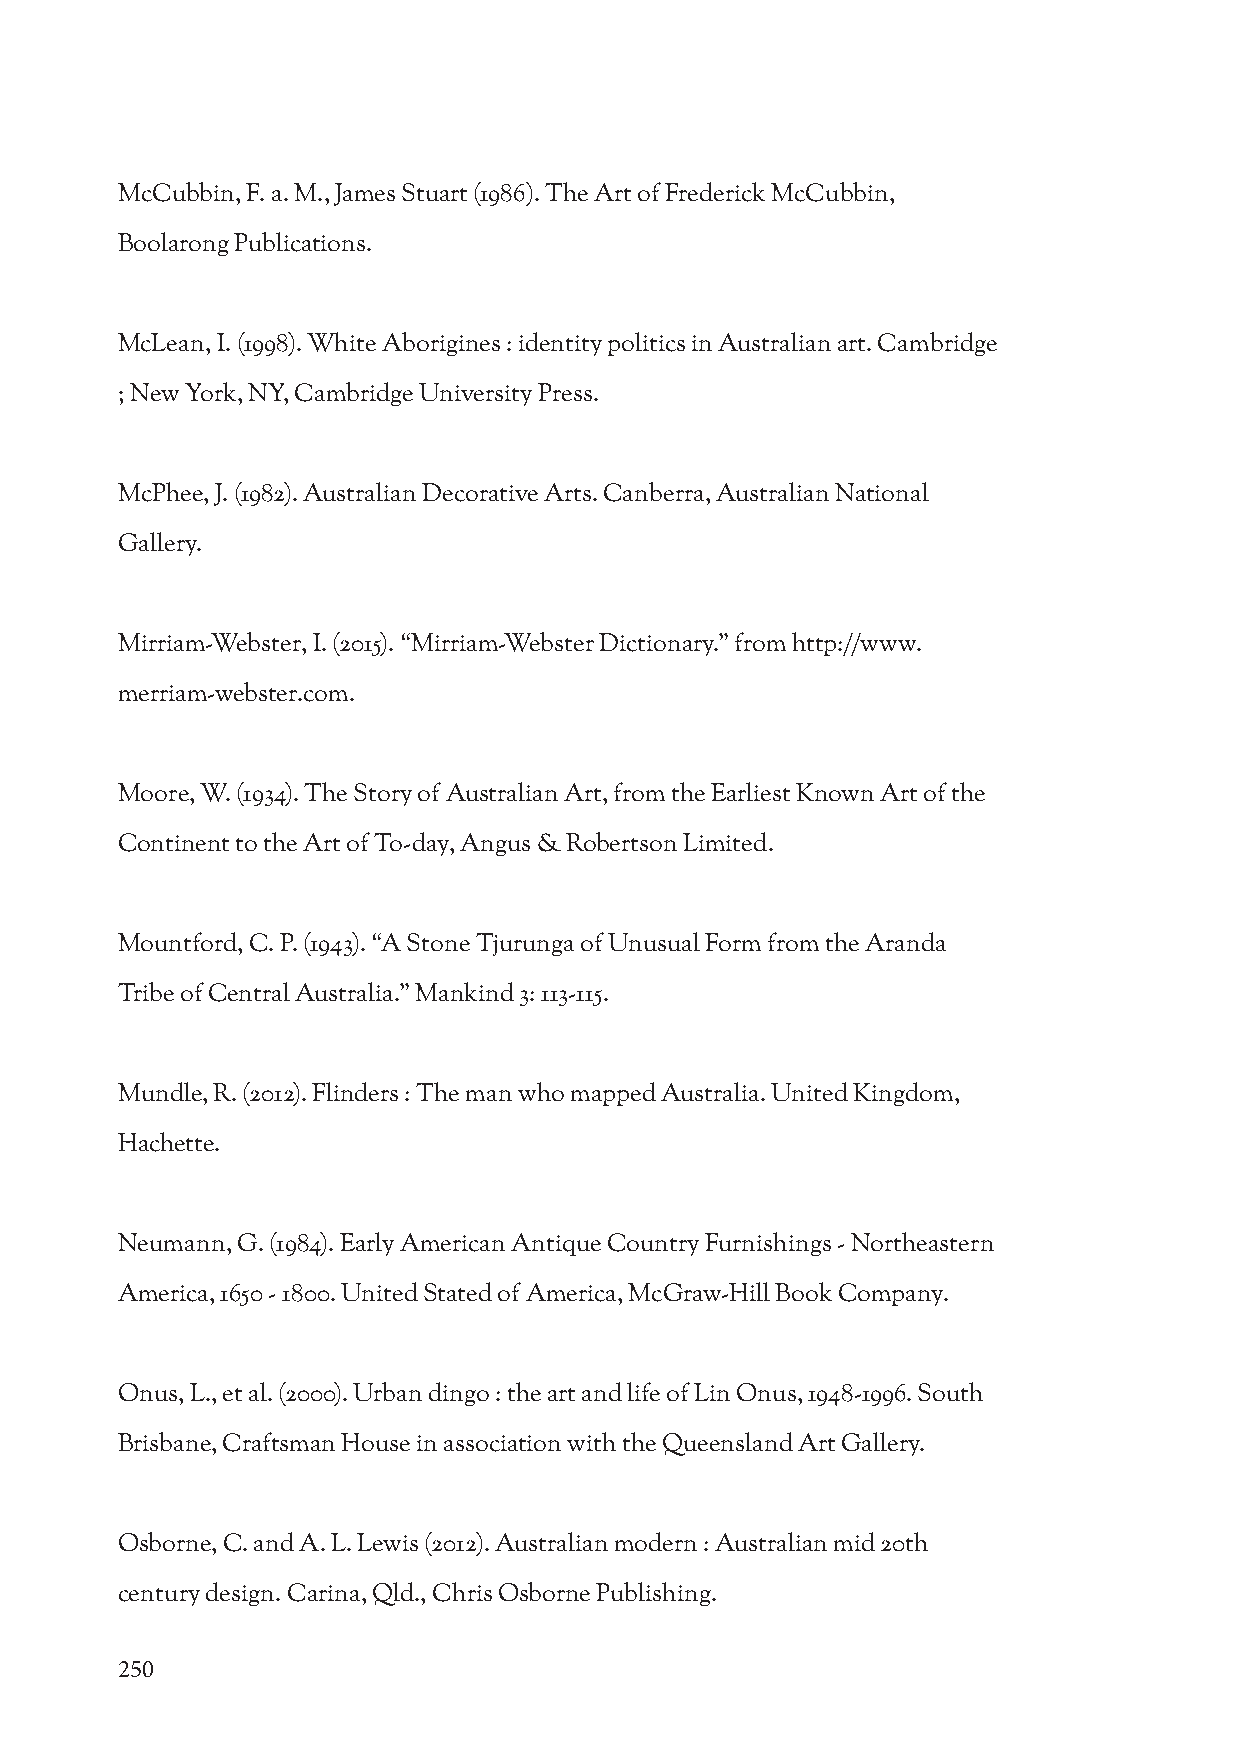
McCubbin, F. a. M., James Stuart (1986). The Art of Frederick McCubbin,
 Boolarong Publications.
 McLean, I. (1998). White Aborigines : identity politics in Australian art. Cambridge
 ; New York, NY, Cambridge University Press.
 McPhee, J. (1982). Australian Decorative Arts. Canberra, Australian National
 Gallery.
 Mirriam-Webster, I. (2015). “Mirriam-Webster Dictionary.” from http://www.
 merriam-webster.com.
 Moore, W. (1934). The Story of Australian Art, from the Earliest Known Art of the
 Continent to the Art of To-day, Angus & Robertson Limited.
 Mountford, C. P. (1943). “A Stone Tjurunga of Unusual Form from the Aranda
 Tribe of Central Australia.” Mankind 3: 113-115.
 Mundle, R. (2012). Flinders : The man who mapped Australia. United Kingdom,
 Hachette.
 Neumann, G. (1984). Early American Antique Country Furnishings - Northeastern
 America, 1650 - 1800. United Stated of America, McGraw-Hill Book Company.
 Onus, L., et al. (2000). Urban dingo : the art and life of Lin Onus, 1948-1996. South
 Brisbane, Craftsman House in association with the Queensland Art Gallery.
 Osborne, C. and A. L. Lewis (2012). Australian modern : Australian mid 20th
 century design. Carina, Qld., Chris Osborne Publishing.
 250